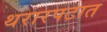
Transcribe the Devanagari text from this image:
थरारपटात